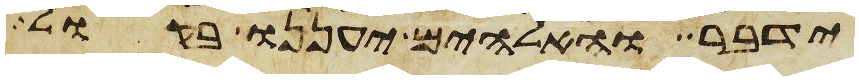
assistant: ידבר והאלהים יעננו בקול